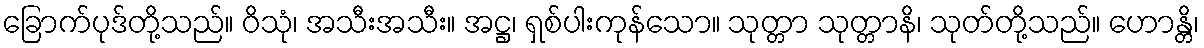
ခြောက်ပုဒ်တို့သည်။ ဝိသုံ၊ အသီးအသီး။ အဋ္ဌ၊ ရှစ်ပါးကုန်သော။ သုတ္တာ သုတ္တာနိ၊ သုတ်တို့သည်။ ဟောန္တိ၊